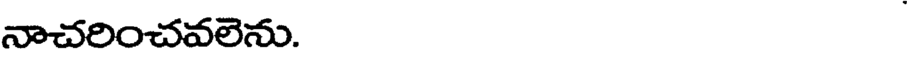
నాచరించవలెను.